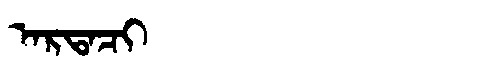
Manchu: ᠠᡵᡨᠠᠴᡳ
Romanization: ARTACI